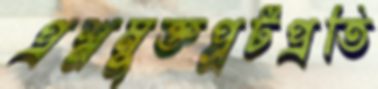
প্রশ্নমুক্তপ্লটপ্রতি